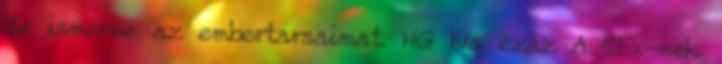
de ismerve az embertarsaimat. HG Na ezaz A SEx-nek